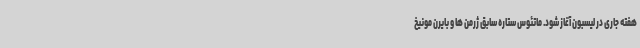
هفته جاری در لیسبون آغاز شود. ماتئوس ستاره سابق ژرمن ها و بایرن مونیخ